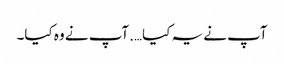
آپ نے یہ کیا….آپ نے وہ کیا۔